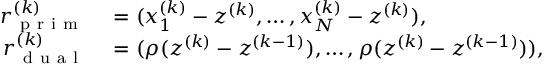
\begin{array} { r l } { r _ { \mathrm { ~ p ~ r ~ i ~ m ~ } } ^ { ( k ) } } & { { } = ( x _ { 1 } ^ { ( k ) } - z ^ { ( k ) } , \ldots , x _ { N } ^ { ( k ) } - z ^ { ( k ) } ) , } \\ { r _ { \mathrm { ~ d ~ u ~ a ~ l ~ } } ^ { ( k ) } } & { { } = ( \rho ( z ^ { ( k ) } - z ^ { ( k - 1 ) } ) , \ldots , \rho ( z ^ { ( k ) } - z ^ { ( k - 1 ) } ) ) , } \end{array}